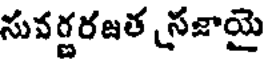
సువర్ణరజత సజాయై